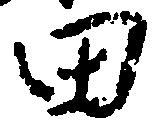
田